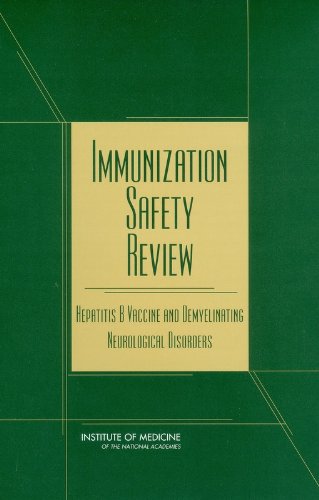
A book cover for Immunization Safety Review:: Hepatitis B Vaccine and Demyelinating Neurological Disorders; Institute of Medicine; Health, Fitness & Dieting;